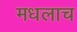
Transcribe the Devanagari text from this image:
मधलाच